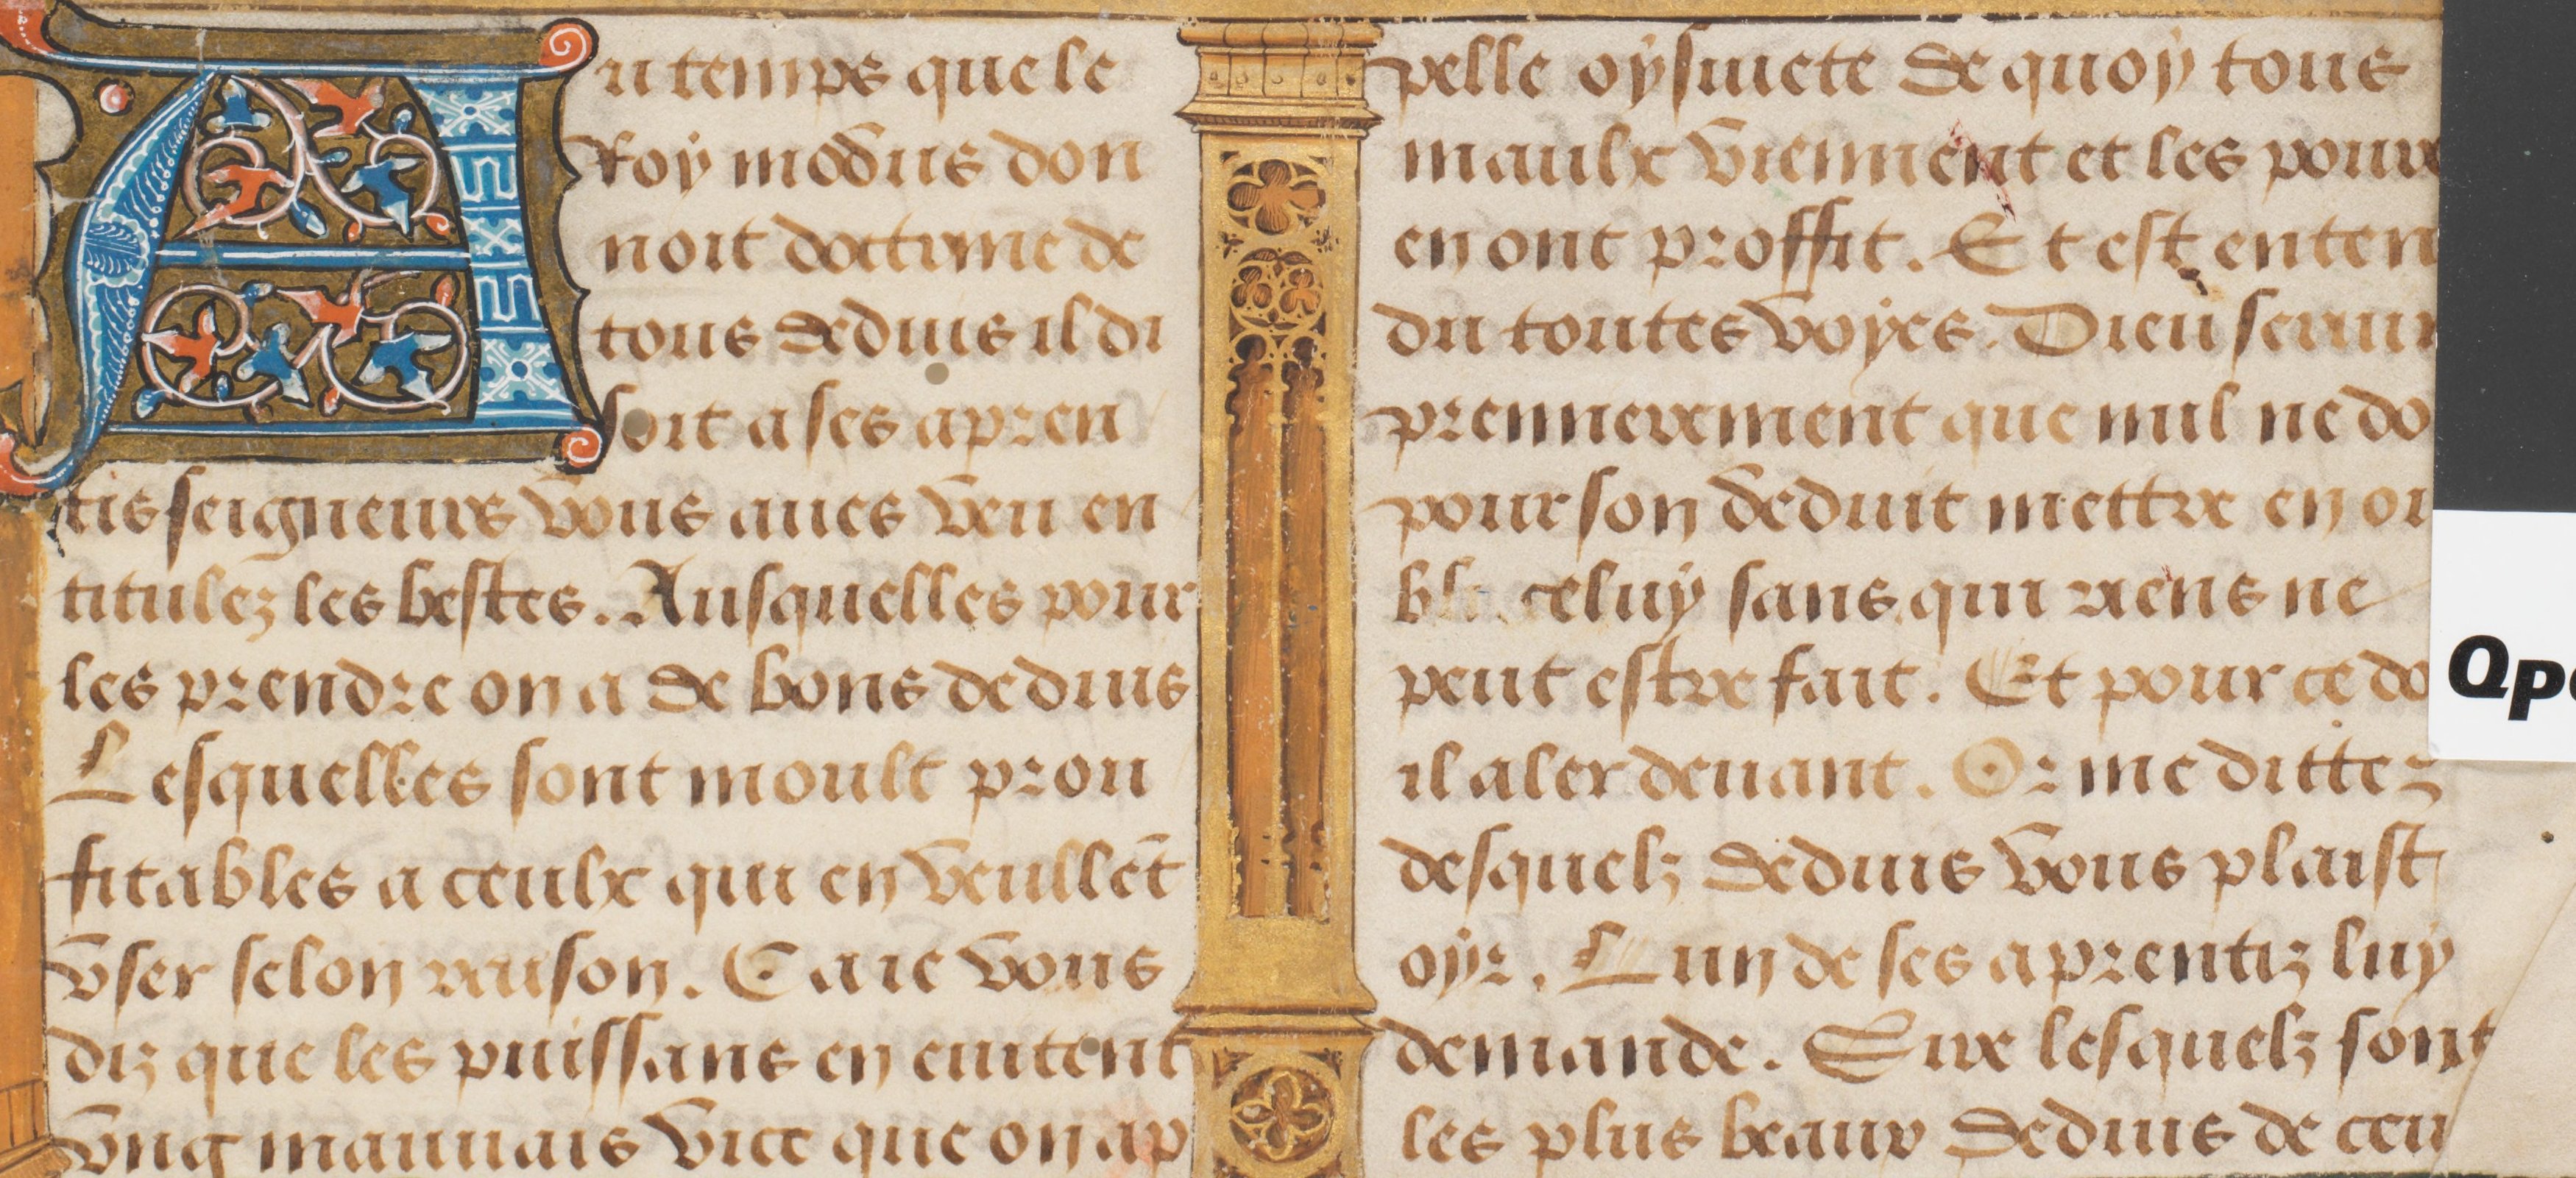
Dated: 1491–1498